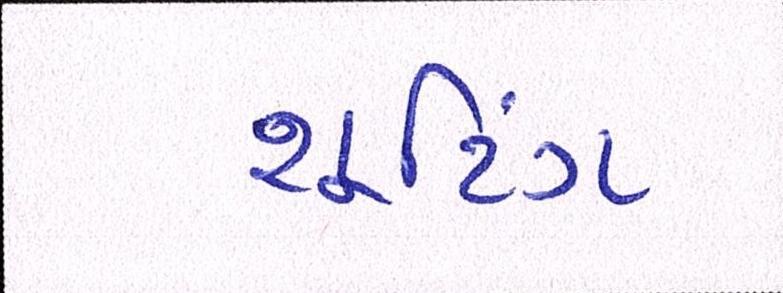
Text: શૂટિંગ